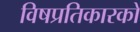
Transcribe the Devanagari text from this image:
विषप्रतिकारकों